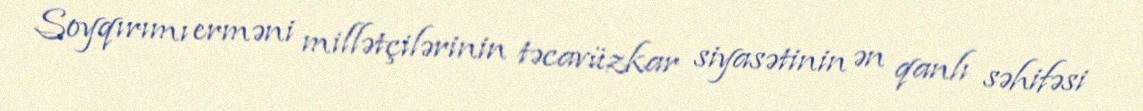
Soyqırımı erməni millətçilərinin təcavüzkar siyasətinin ən qanlı səhifəsi